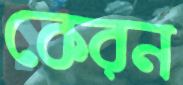
কেরন